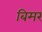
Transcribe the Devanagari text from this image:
बिमर